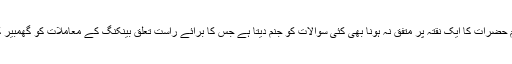
اس سلسلے میں سب سے اہم بات جو سامنے آتی ہے وہ مکاتب فکر اور اہل علم حضرات کا ایک نقتہ پر متفق نہ ہونا بھی کئی سوالات کو جنم دیتا ہے جس کا برائے راست تعلق بینکنگ کے معاملات کو گھمبیر کرنے اور ایک عام شخص کے ذہن میں وسوسوں کی برسات کے مترادف ہے۔